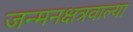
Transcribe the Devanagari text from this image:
जन्मनक्षत्रवाल्या